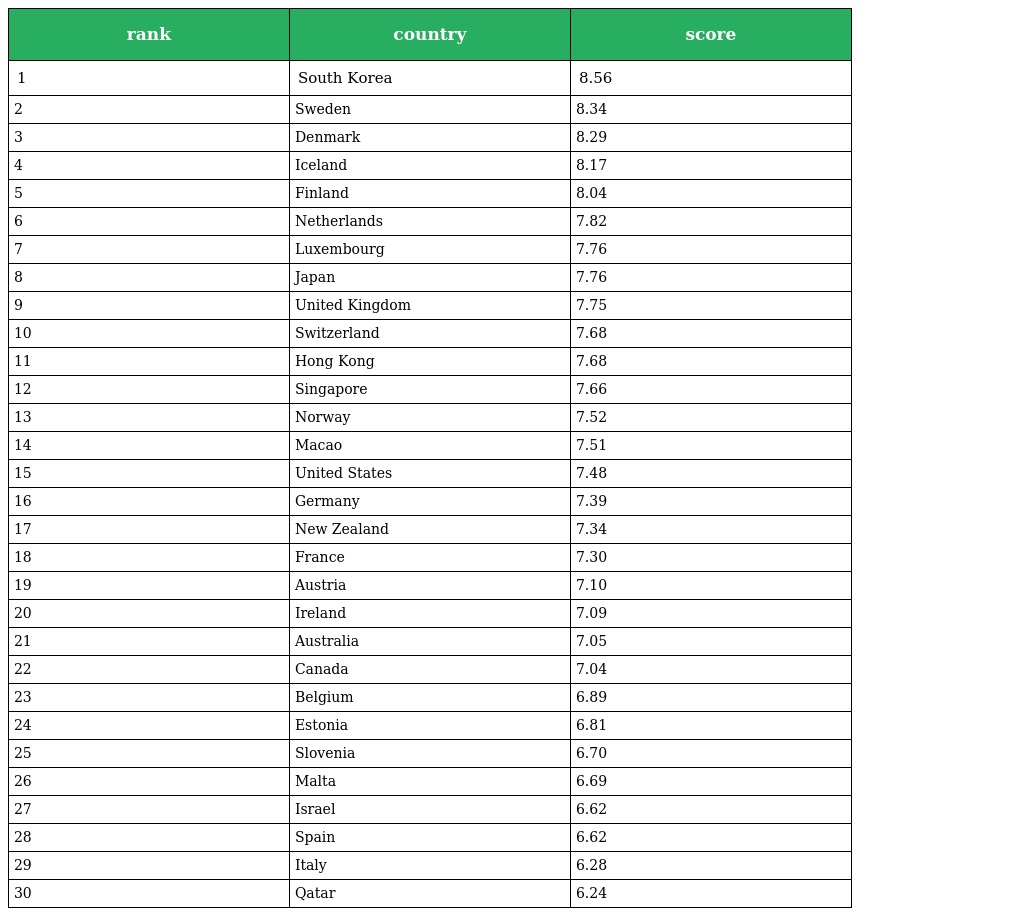
| rank | country | score |
 | --- | --- | --- |
 | 1 | South Korea | 8.56 |
 | 2 | Sweden | 8.34 |
 | 3 | Denmark | 8.29 |
 | 4 | Iceland | 8.17 |
 | 5 | Finland | 8.04 |
 | 6 | Netherlands | 7.82 |
 | 7 | Luxembourg | 7.76 |
 | 8 | Japan | 7.76 |
 | 9 | United Kingdom | 7.75 |
 | 10 | Switzerland | 7.68 |
 | 11 | Hong Kong | 7.68 |
 | 12 | Singapore | 7.66 |
 | 13 | Norway | 7.52 |
 | 14 | Macao | 7.51 |
 | 15 | United States | 7.48 |
 | 16 | Germany | 7.39 |
 | 17 | New Zealand | 7.34 |
 | 18 | France | 7.30 |
 | 19 | Austria | 7.10 |
 | 20 | Ireland | 7.09 |
 | 21 | Australia | 7.05 |
 | 22 | Canada | 7.04 |
 | 23 | Belgium | 6.89 |
 | 24 | Estonia | 6.81 |
 | 25 | Slovenia | 6.70 |
 | 26 | Malta | 6.69 |
 | 27 | Israel | 6.62 |
 | 28 | Spain | 6.62 |
 | 29 | Italy | 6.28 |
 | 30 | Qatar | 6.24 |